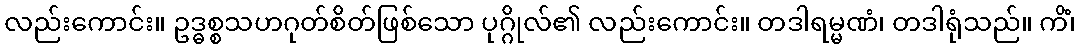
လည်းကောင်း။ ဥဒ္ဓစ္စသဟဂုတ်စိတ်ဖြစ်သော ပုဂ္ဂိုလ်၏ လည်းကောင်း။ တဒါရမ္မဏံ၊ တဒါရုံသည်။ ကိံ၊